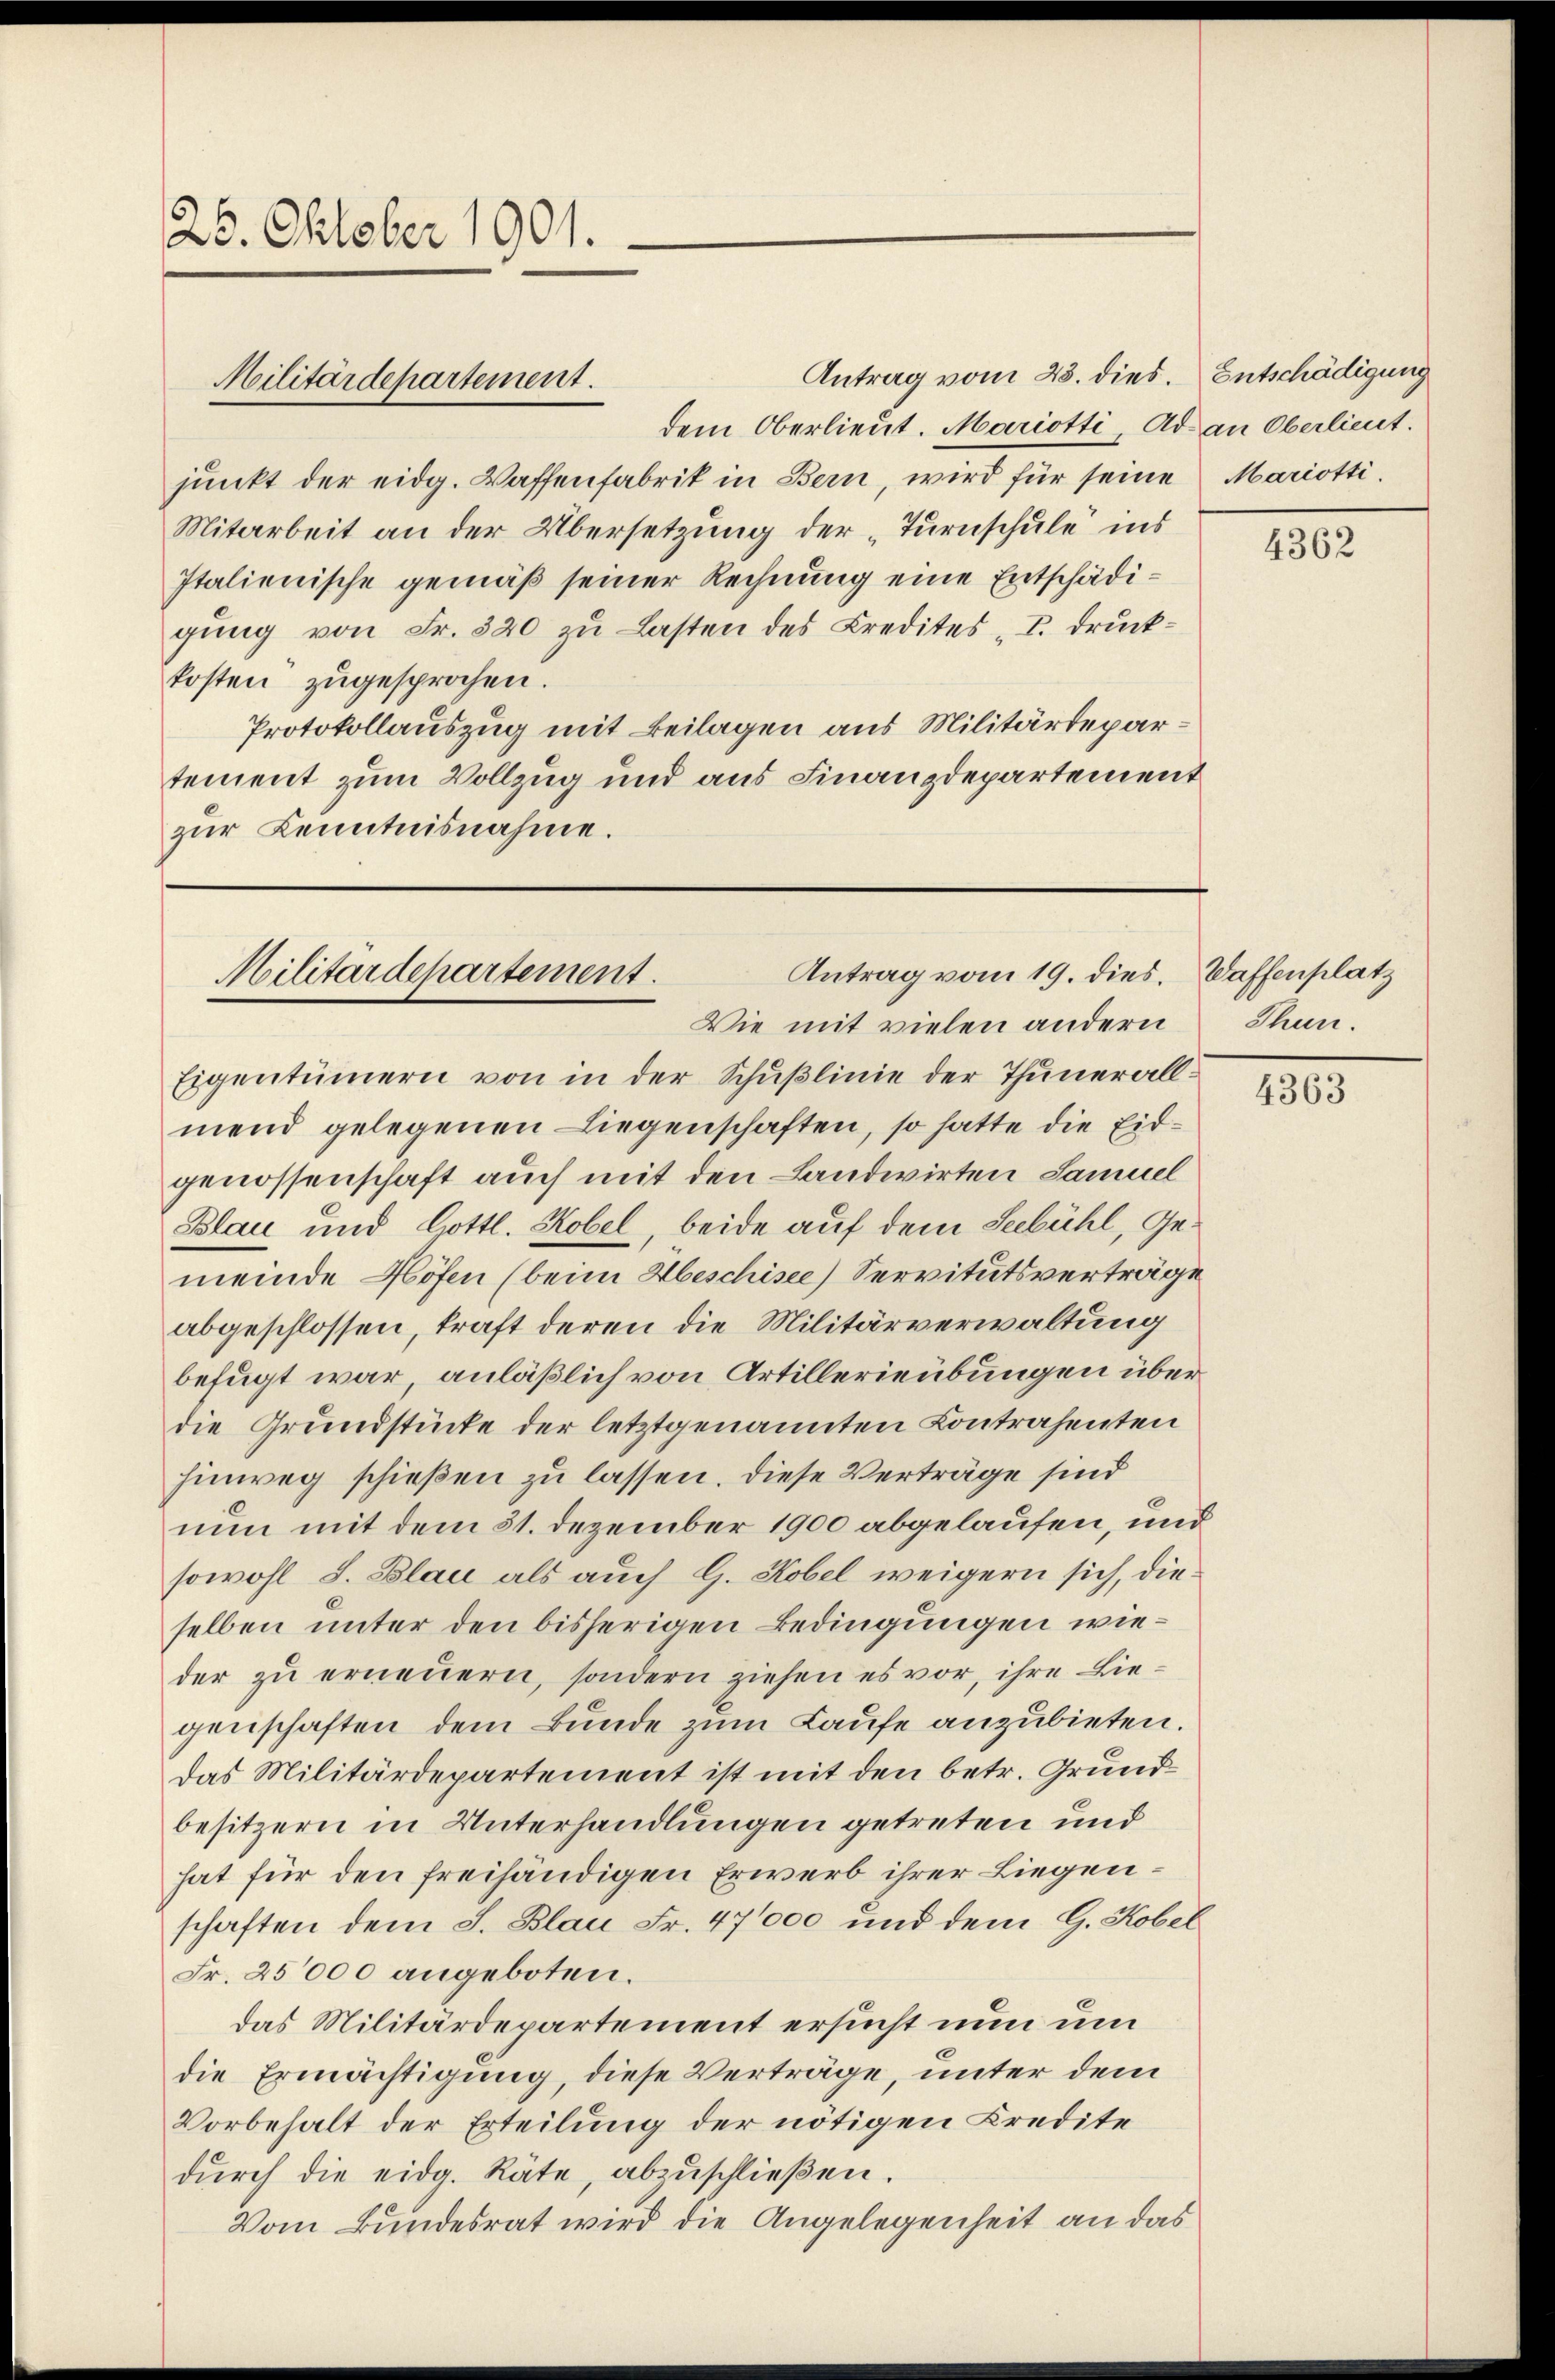
26. Oktober 1901.

Militärdepartement.

Antrag vom 23. dies. Entschädigung
dem Oberlieut. Mariotti Ad an Oberlieut.
junkt der eidg. Waffenfabrik in Bern, wird für seine Mariotti¬
Mitarbeit an der Übersetzung der „Turnschule ins
Italienische gemäß seiner Rechnung eine Entschädigung von Fr. 320 zu Lasten des Credites I. druckkosten zugesprochen.
Protokollauszug mit Beilagen aus Militärdepartement zum Vollzug und aus Finanzdepartement
zur Kenntnisnahme.

Antrag vom 19. dies.
Militärdepartement.
Wie mit vielen andern

Eigentümern von in der Schußlinie der Thunerallmend gelegenen Liegenschaften, so hatte die Eidgenossenschaft auch mit den Landwirten Samuel
Blau und Gottl. Kobel, beide auf dem Seebühl, Gemeinde Höfen (beim Abeschisee) Servitutsverträge
abgeschlossen, traft deren die Militärverwaltung
befugt war, anläßlich von Artillerieübungen überdie Grundstücke der letztgenannten Contrahenten
hinweg schießen zu lassen. Diese Verträge sind
nun mit dem 31. Dezember 1900 abgelaufen, und
sowohl S. Blau als auch G. Kobel weigern sich, dieselben unter den bisherigen Bedingungen wieder zu erneuern, sondern ziehen es vor, ihre Liegenschaften dem Bunde zum Laufe anzubieten.
Das Militärdepartement ist mit den betr. Grundbesitzern in Unterhandlungen getreten und
hat für den freihändigen Erwerb ihrer Liegenschaften dem J. Blau Fr. 47000 und dem G. Kobel
Fr. 25000 angeboten.
das Militärdepartement ersucht nun um
die Ermächtigung, diese Verträge, unter dem
Vorbehalt der Erteilung der nötigen Kredite
dŭrch die eidg. Räte, abzŭschlieβen.
Vom Bundesrat wird die Angelegenheit an das

4362

Waffenplatz
Thun.

4363